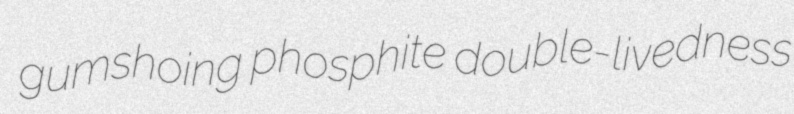
gumshoing phosphite double-livedness